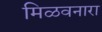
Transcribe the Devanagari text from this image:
मिळवनारा